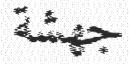
جھشة